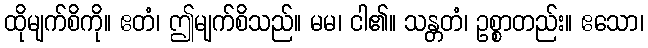
ထိုမျက်စိကို။ ဧတံ၊ ဤမျက်စိသည်။ မမ၊ ငါ၏။ သန္တတံ၊ ဥစ္စာတည်း။ ဧသော၊